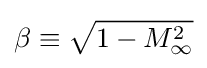
\beta \equiv {\sqrt {1-M_{\infty }^{2}}}